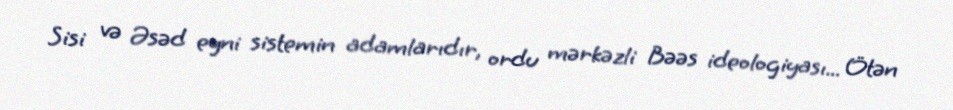
Sisi və Əsəd eyni sistemin adamlarıdır, ordu mərkəzli Bəəs ideologiyası... Ötən